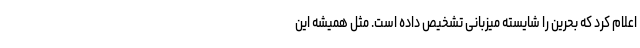
اعلام کرد که بحرین را شایسته میزبانی تشخیص داده است. مثل همیشه این